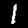
Digit: 1